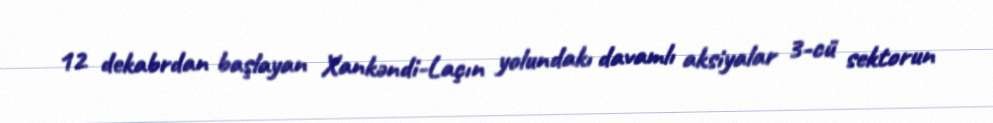
12 dekabrdan başlayan Xankəndi-Laçın yolundakı davamlı aksiyalar 3-cü sektorun